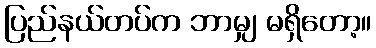
ပြည်နယ်တပ်က ဘာမျှ မရှိတော့။